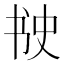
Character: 𰁈